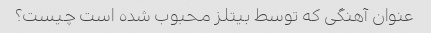
عنوان آهنگی که توسط بیتلز محبوب شده است چیست؟